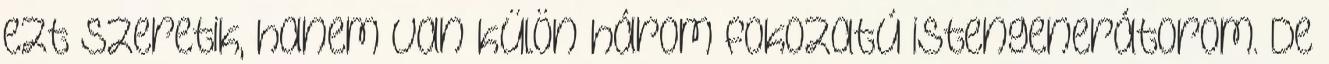
ezt szeretik, hanem van külön három fokozatú istengenerátorom. De